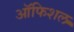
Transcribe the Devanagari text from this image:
ऑफिशल